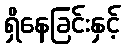
ရှိနေခြင်းနှင့်